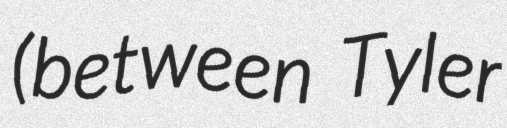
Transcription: (between Tyler